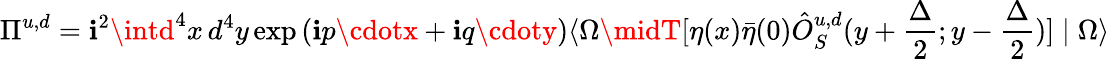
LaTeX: \Pi^{u,d}=\mathbf{i}^{2}\intd^{4}x\, d^{4}y\exp{(\mathbf{i}p\cdotx+\mathbf{i}q\cdoty)}\langle\Omega\midT[\eta(x){\bar{{\eta}}}(0){\hat{{O}}}_{S}^{u,d}(y+\frac{{\Delta}}{{2}};y-\frac{{\Delta}}{{2}})]\mid\Omega\rangle